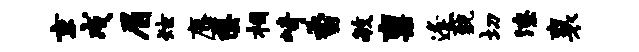
京戍眉炫麋罄相崎香毓禀逢藐切潦襄